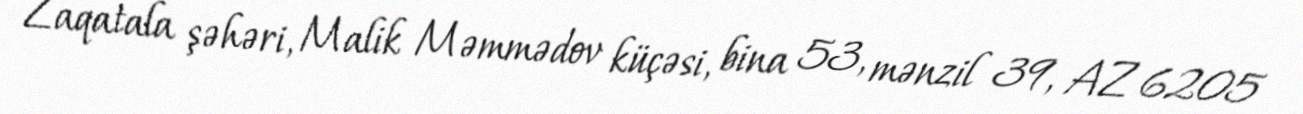
Zaqatala şəhəri, Malik Məmmədov küçəsi, bina 53, mənzil 39, AZ 6205